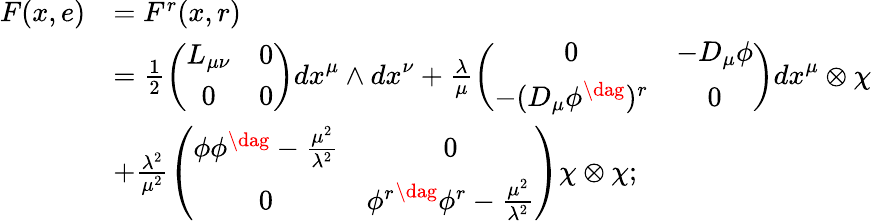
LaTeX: \begin{array}{cl}{{F(x,e)}}&{{=F^{r}(x,r)}}\\ {{}}&{{=\frac{1}{2}\left(\begin{array}{cc}{{L_{\mu\nu}}}&{{0}}\\ {{0}}&{{0}}\end{array}\right){dx}^{\mu}\wedge{dx}^{\nu}+\frac{\lambda}{\mu}\left(\begin{array}{cc}{{0}}&{{{-D_{\mu}\phi}}}\\ {{-(D_{\mu}\phi^{\dag})^{r}}}&{{0}}\end{array}\right){dx}^{\mu}\otimes{\chi}}}\\ {{}}&{{+\frac{{\lambda}^{2}}{{\mu}^{2}}\left(\begin{array}{cc}{{{\phi{\phi}^{\dag}-\frac{{\mu}^{2}}{\lambda^{2}}}}}&{{0}}\\ {{0}}&{{{\phi^{r}}^{\dag}{\phi}^{r}-\frac{\mu^{2}}{\lambda^{2}}}}\end{array}\right){\chi}\otimes{\chi};}}\end{array}